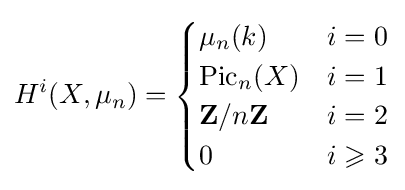
H^{i}(X,\mu _{n})={\begin{cases}\mu _{n}(k)&i=0\\\operatorname {Pic} _{n}(X)&i=1\\\mathbf {Z} /n\mathbf {Z} &i=2\\0&i\geqslant 3\end{cases}}